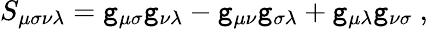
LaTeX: S_{\mu\sigma\nu\lambda}=\mathtt{g}_{\mu\sigma}\mathtt{g}_{\nu\lambda}-\mathtt{g}_{\mu\nu}\mathtt{g}_{\sigma\lambda}+\mathtt{g}_{\mu\lambda}\mathtt{g}_{\nu\sigma}~,